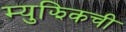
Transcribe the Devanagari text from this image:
म्युझिकची